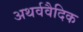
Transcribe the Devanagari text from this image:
अथर्ववैदिक